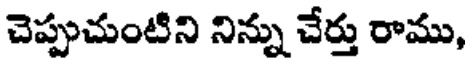
చెప్పుచుంటిని నిన్ను చేర్తు రాము,